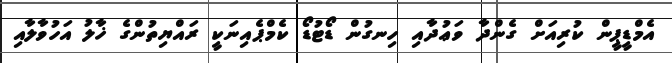
އެމްޑީޕީން ކުރިއަށް ގެންދާ ވަޢުދާއި ހިނގުން ޑޯޓުޑޯ ކެމްޕެއިނަކީ ރައްޔިތުންގެ ޚާލު އަހުވާލާއި